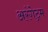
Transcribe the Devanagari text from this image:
अरंगेट्रम